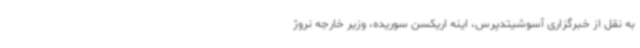
به نقل از خبرگزاری آسوشیتدپرس، اینه اریکسن سوریده، وزیر خارجه نروژ